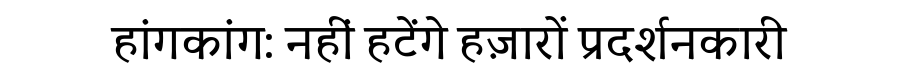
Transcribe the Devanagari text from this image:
हांगकांग: नहीं हटेंगे हज़ारों प्रदर्शनकारी